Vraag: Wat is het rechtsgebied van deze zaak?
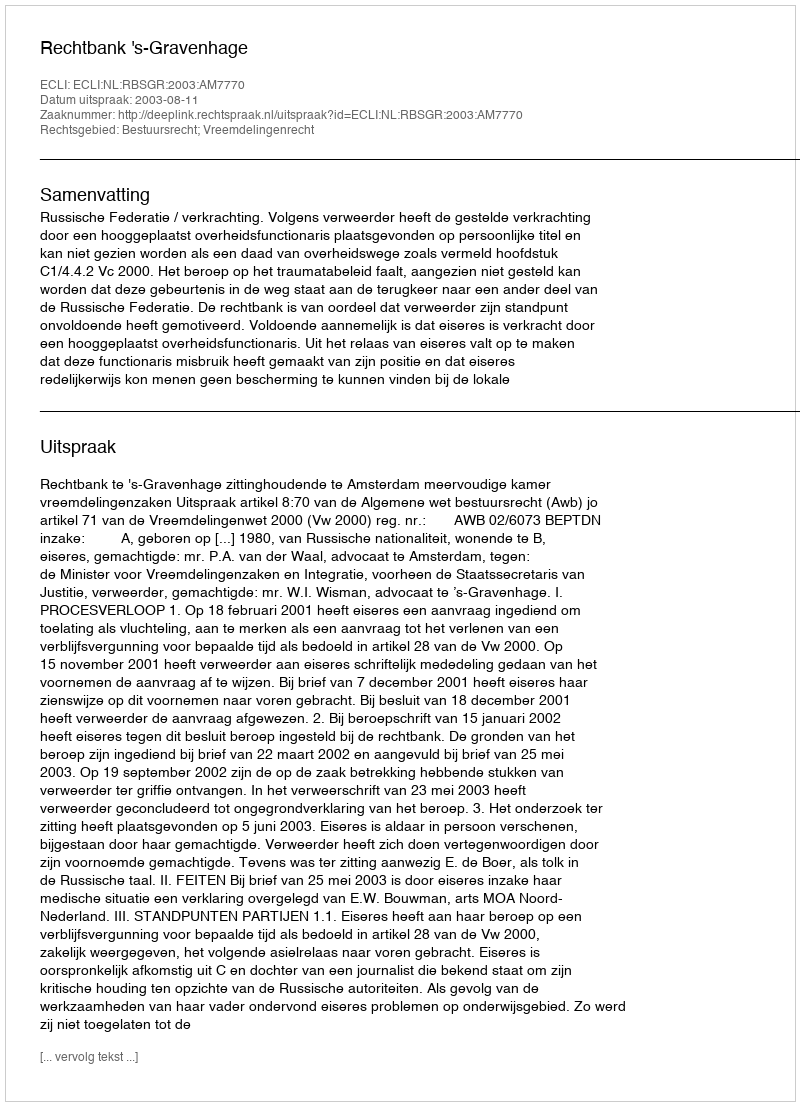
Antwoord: Bestuursrecht; Vreemdelingenrecht